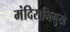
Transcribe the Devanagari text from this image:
मंदिराभिमुखे